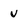
Character: v